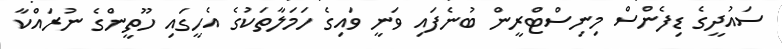
ސައުދީގެ ޑިފެންސް މިނިސްޓްރީން ބުނެފައި ވަނީ ވައިގެ ހަމަލާތަކުގެ އެހީގައި ހޫތީންގެ ނުރައްކާ